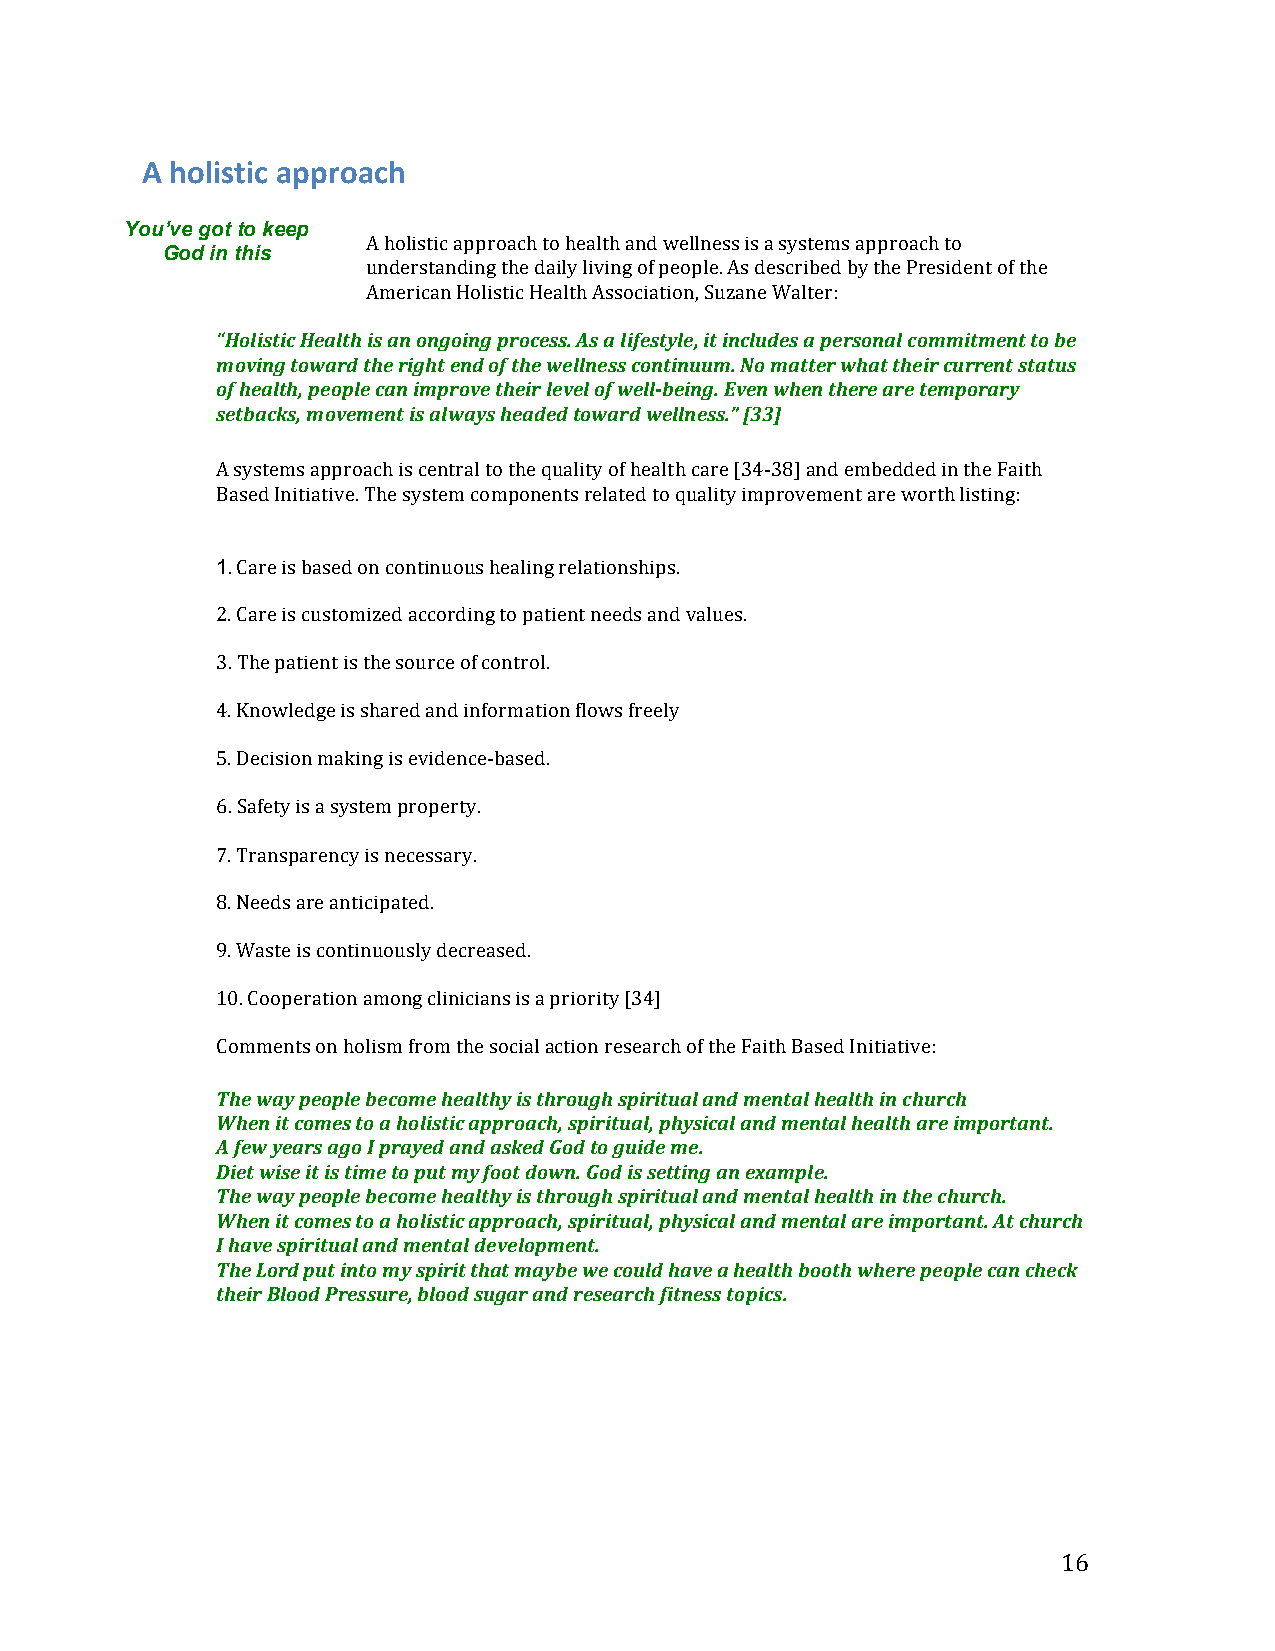
A!holistic&approach&
 You’ve got to keep
 A!holistic!approach!to!health!and!wellness!is!a!systems!approach!to!
 God in this
 understanding!the!daily!living!of!people.!As!described!by!the!President!of!the!
 American!Holistic!Health!Association,!Suzane!Walter:!
 !
 “Holistic"Health"is"an"ongoing"process."As"a"lifestyle,"it"includes"a"personal"commitment"to"be"
 moving"toward"the"right"end"of"the"wellness"continuum."No"matter"what"their"current"status"
 of"health,"people"can"improve"their"level"of"wellLbeing."Even"when"there"are"temporary"
 setbacks,"movement"is"always"headed"toward"wellness.”"[33]"
 A!systems!approach!is!central!to!the!quality!of!health!care![34O38]!and!embedded!in!the!Faith!
 Based!Initiative.!The!system!components!related!to!quality!improvement!are!worth!listing:!
 1.!Care!is!based!on!continuous!healing!relationships.!!
 2.!Care!is!customized!according!to!patient!needs!and!values.!!
 3.!The!patient!is!the!source!of!control.!!
 4.!Knowledge!is!shared!and!information!flows!freely!!
 5.!Decision!making!is!evidenceObased.!!
 6.!Safety!is!a!system!property.!!
 7.!Transparency!is!necessary.!!
 8.!Needs!are!anticipated.!!
 9.!Waste!is!continuously!decreased.!!
 10.!Cooperation!among!clinicians!is!a!priority![34]!
 Comments!on!holism!from!the!social!action!research!of!the!Faith!Based!Initiative:!
 The"way"people"become"healthy"is"through"spiritual"and"mental"health"in"church"
 When"it"comes"to"a"holistic"approach,"spiritual,"physical"and"mental"health"are"important."
 A"few"years"ago"I"prayed"and"asked"God"to"guide"me."
 Diet"wise"it"is"time"to"put"my"foot"down."God"is"setting"an"example."
 The"way"people"become"healthy"is"through"spiritual"and"mental"health"in"the"church."
 When"it"comes"to"a"holistic"approach,"spiritual,"physical"and"mental"are"important."At"church"
 I"have"spiritual"and"mental"development."
 The"Lord"put"into"my"spirit"that"maybe"we"could"have"a"health"booth"where"people"can"check"
 their"Blood"Pressure,"blood"sugar"and"research"fitness"topics."
 !                                                            16!